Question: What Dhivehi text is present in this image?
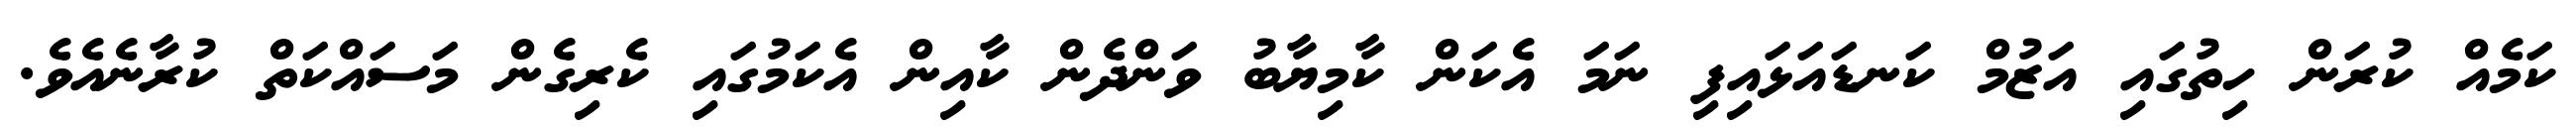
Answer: ކަމެއް ކުރަން ހިތުގައި އަޒުމް ކަނޑައަޅައިފި ނަމަ އެކަން ކާމިޔާބު ވަންދެން ކާއިން އެކަމުގައި ކެރިގެން މަސައްކަތް ކުރާނެއެވެ.